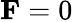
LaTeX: \mathbf{F}=0